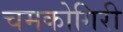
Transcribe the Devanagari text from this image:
चमकोगिरी